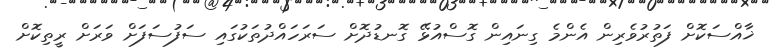
ޚާއްސަކޮށް ފަތުރުވެރިން އެންމެ ގިނައިން ގޮސްއުޅޭ ގޮނޑުދޮށް ސަރަހައްދުތަކުގައި ސަފުސަފަށް ވަރަށް ރީތިކޮށް